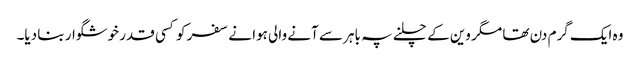
وہ ایک گرم دن تھا مگر وین کے چلنے پہ باہر سے آنے والی ہوا نے سفر کو کسی قدر خوشگوار بنا دیا۔